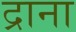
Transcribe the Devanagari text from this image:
द्राना